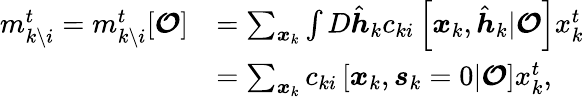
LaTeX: \begin{array}{rl}{m_{k\setminus i}^{t}=m_{k\setminus i}^{t}[\boldsymbol{\mathcal{O}}]}&{=\sum_{\boldsymbol{x}_{k}}\int D\hat{\boldsymbol{h}}_{k}c_{ki}\left[\boldsymbol{x}_{k},\hat{\boldsymbol{h}}_{k}|\boldsymbol{\mathcal{O}}\right]x_{k}^{t}}\\ &{=\sum_{\boldsymbol{x}_{k}}c_{ki}\left[\boldsymbol{x}_{k},\boldsymbol{s}_{k}=0|\boldsymbol{\mathcal{O}}\right]x_{k}^{t},}\end{array}